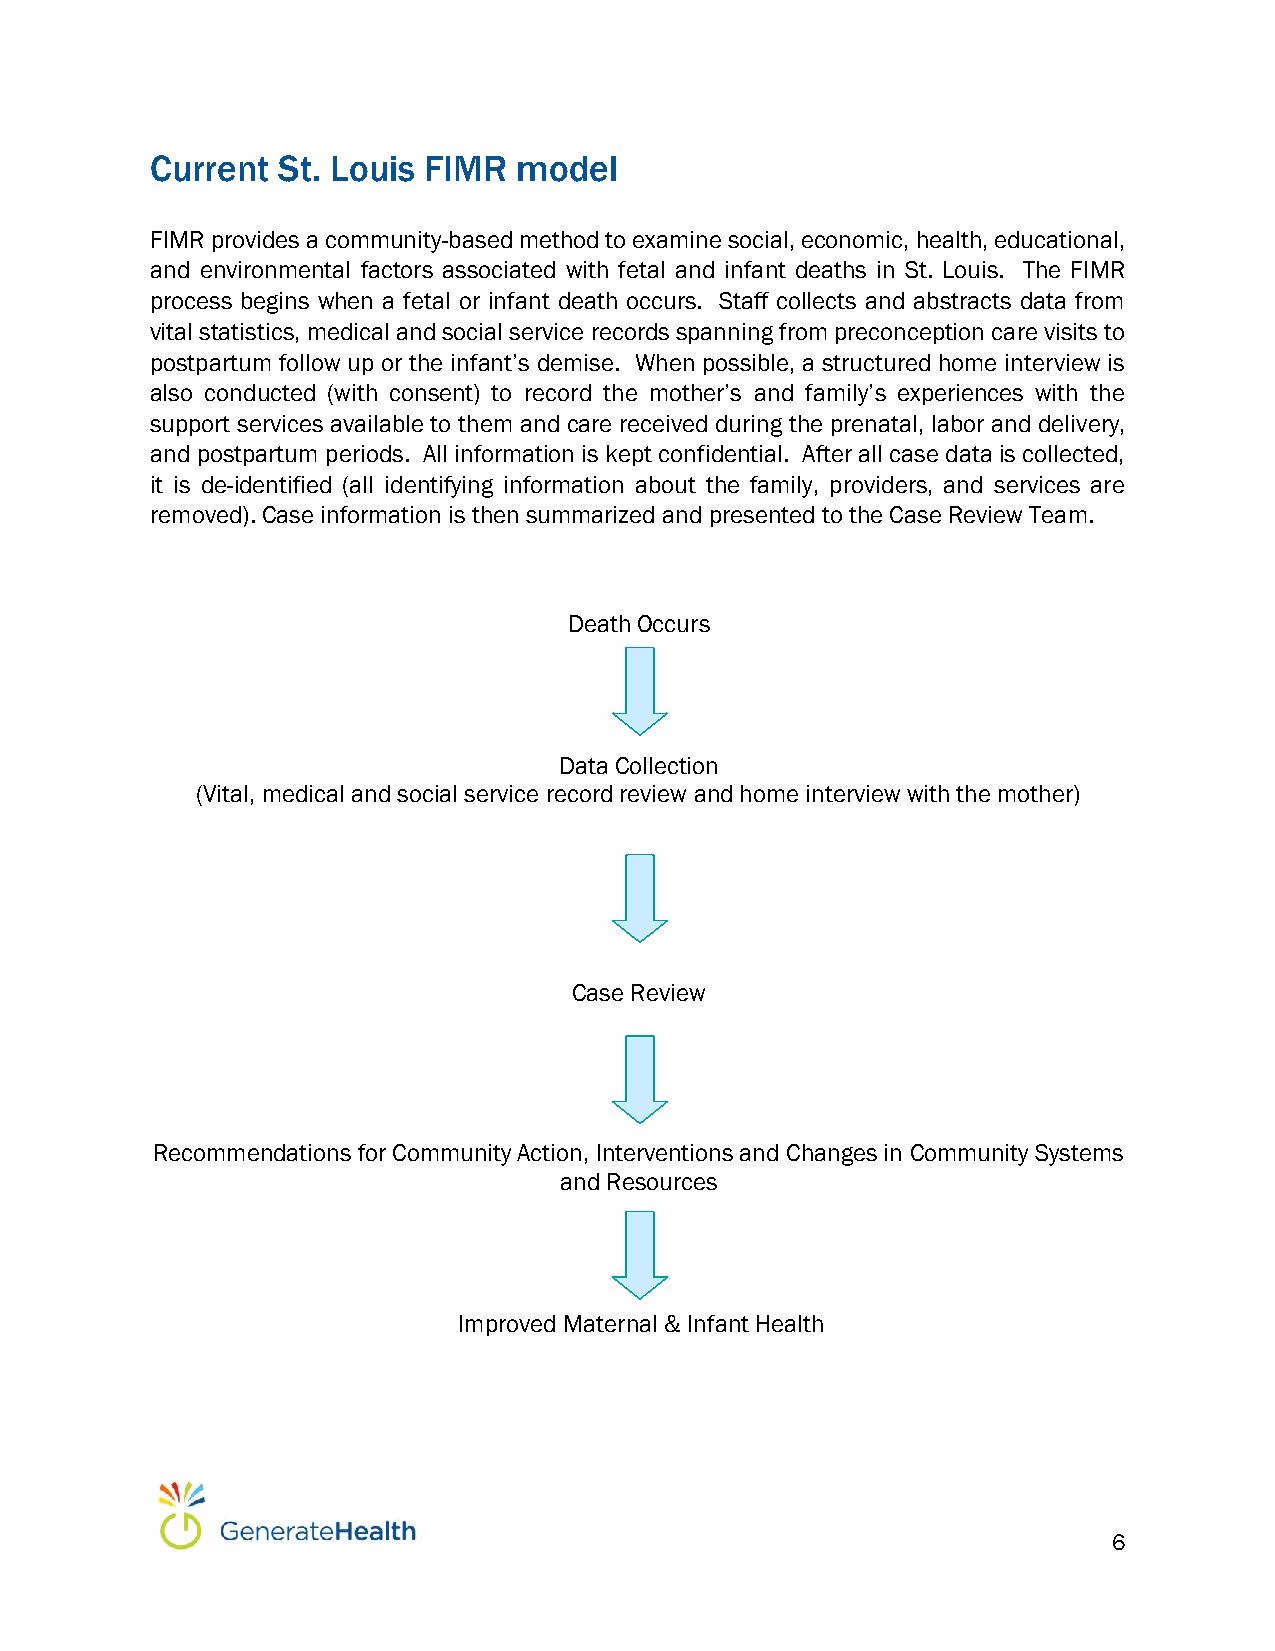
Current St. Louis FIMR  model
 FIMR provides a community-based method to examine social, economic, health, educational,
 and environmental factors associated with fetal and infant deaths in St. Louis. The FIMR
 process begins when a fetal or infant death occurs. Staff collects and abstracts data from
 vital statistics, medical and social service records spanning from preconception care visits to
 postpartum follow up or the infant’s demise. When possible, a structured home interview is
 also conducted (with consent) to record the mother’s and family’s experiences with the
 support services available to them and care received during the prenatal, labor and delivery,
 and postpartum periods. All information is kept confidential. After all case data is collected,
 it is de-identified (all identifying information about the family, providers, and services are
 removed). Case information is then summarized and presented to the Case Review Team.
 Death Occurs
 Data Collection
 (Vital, medical and social service record review and home interview with the mother)
 Case Review
 Recommendations for Community Action, Interventions and Changes in Community Systems
 and Resources
 Improved Maternal & Infant Health
 6